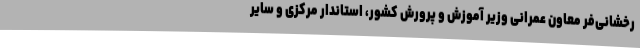
رخشانی‌فر معاون عمرانی وزیر آموزش و پرورش کشور، استاندار مرکزی و سایر